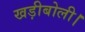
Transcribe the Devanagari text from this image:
खड़ीबोली।